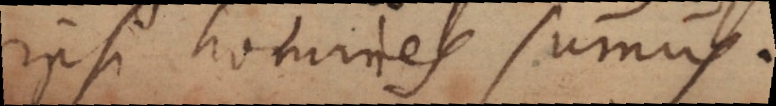
ipsi homines sumus.